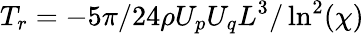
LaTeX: T_{r}=-5\pi/24\rho U_{p}U_{q}L^{3}/\ln^{2}(\chi)